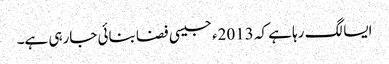
ایسا لگ رہا ہے کہ 2013ء جیسی فضا بنائی جارہی ہے۔